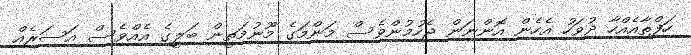
ހަފްތާއެއްހާ ދުވަހު އެހެން އޮންނަން ޖެހުމުންވެސް މަންމަގެ މޫނުމަތީން ބަލީގެ އެއްވެސް އަސަރެއް